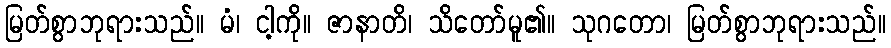
မြတ်စွာဘုရားသည်။ မံ၊ ငါ့ကို။ ဇာနာတိ၊ သိတော်မူ၏။ သုဂတော၊ မြတ်စွာဘုရားသည်။